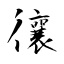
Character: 忀